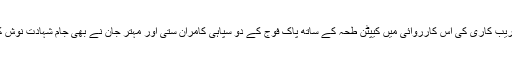
تخریب کاری کی اس کارروائی میں کیپٹن طحہٰ کے ساتھ پاک فوج کے دو سپاہی کامران ستی اور مہتر جان نے بھی جامِ شہادت نوش کیا۔